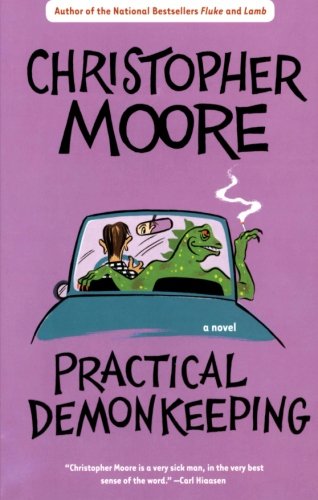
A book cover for Practical Demonkeeping (Pine Cove Series); Christopher Moore; Science Fiction & Fantasy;